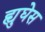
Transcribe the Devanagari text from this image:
ह्युघेस